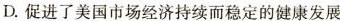
D.促进了美国市场经济持续而稳定的健康发展